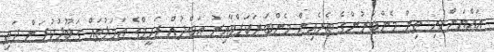
އައްޔަންކުރި ތިން މެންބަރުންގެ ތެރެއިން މެންބަރަކަށްވާއިރު އަބްދުއް ރަހީމްގެ އަމަލުތައް ގަބޫލުކުރަން ދަތި